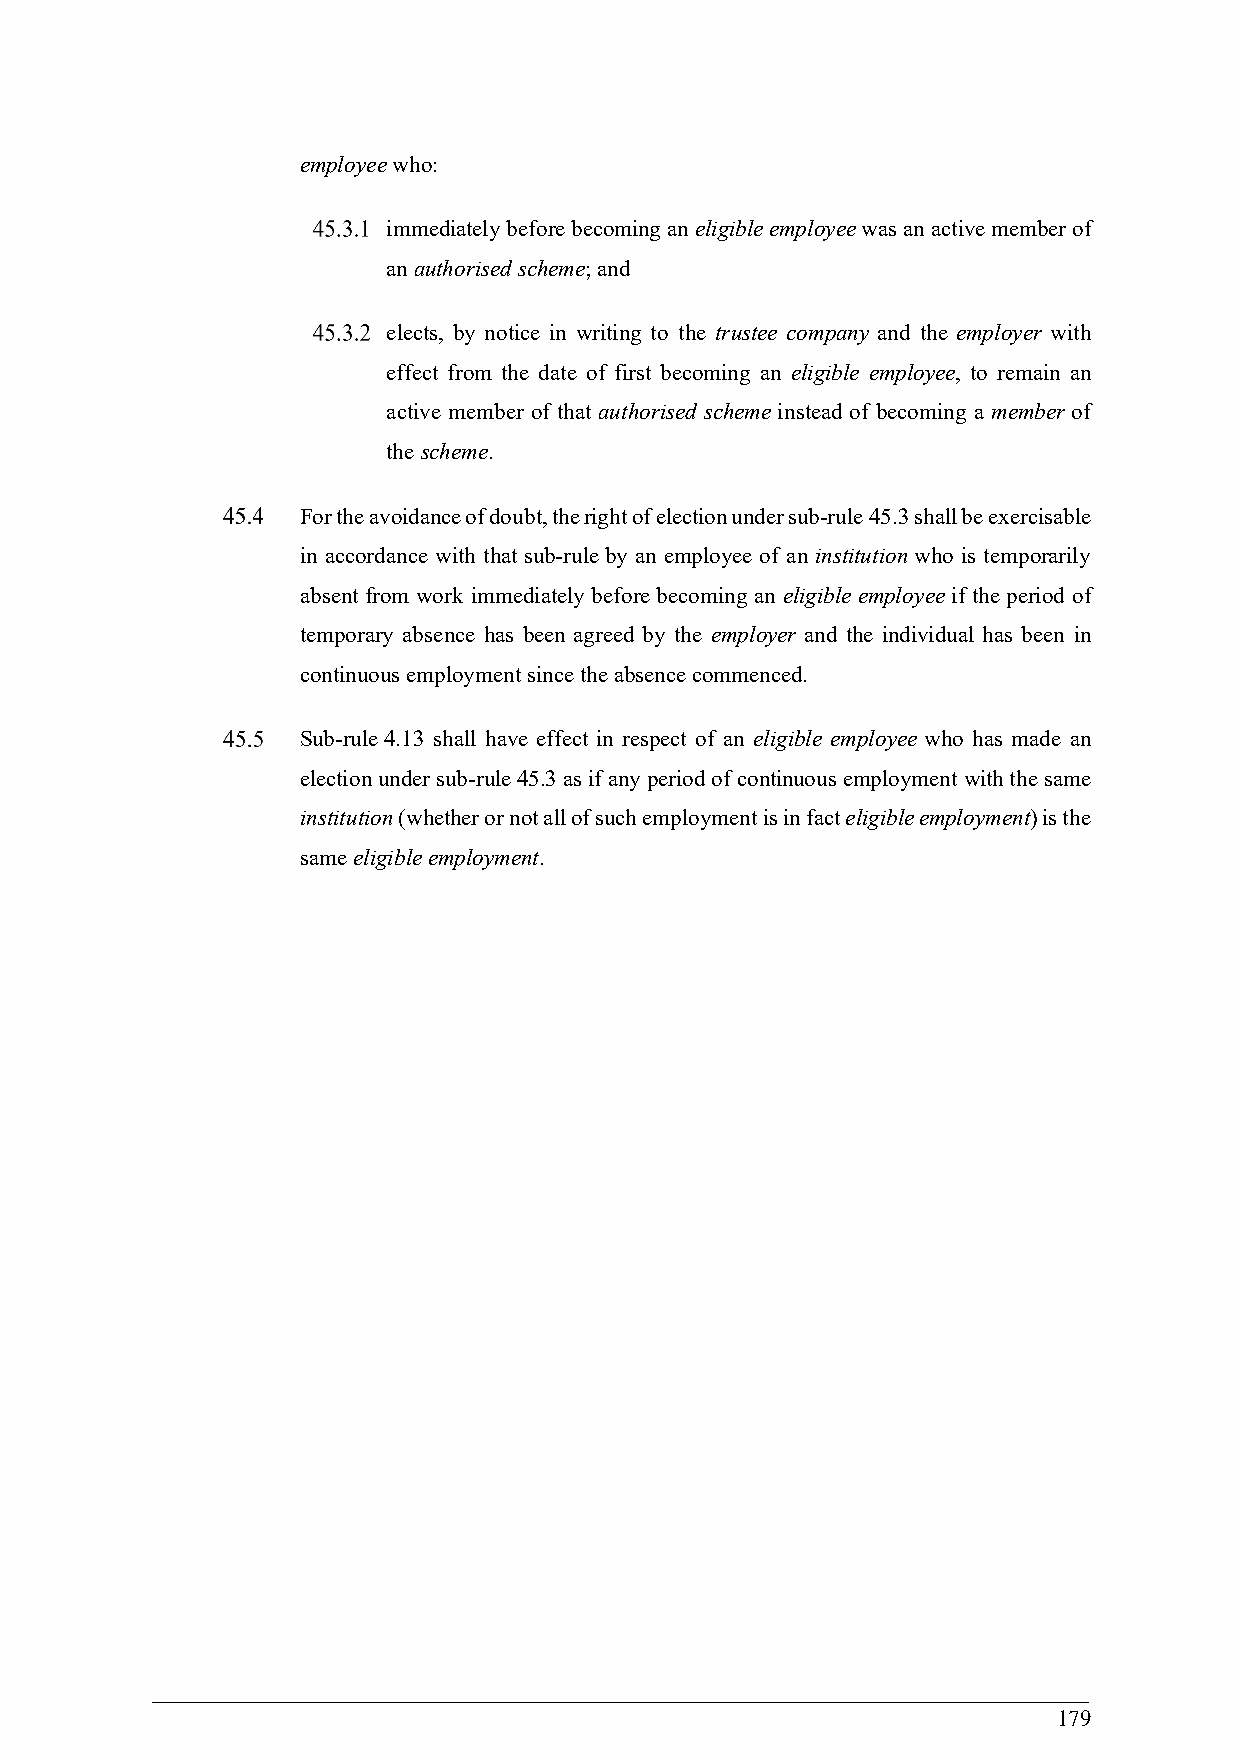
employee who:
 immediately before becoming an eligible employee was an active member of
 an authorised scheme; and
 elects, by notice in writing to the trustee company and the employer with
 effect from the date of first becoming an eligible employee, to remain an
 active member of that authorised scheme instead of becoming a member of
 the scheme.
 For the avoidance of doubt, the right of election under sub-rule 45.3 shall be exercisable
 in accordance with that sub-rule by an employee of an institution who is temporarily
 absent from work immediately before becoming an eligible employee if the period of
 temporary absence has been agreed by the employer and the individual has been in
 continuous employment since the absence commenced.
 Sub-rule 4.13 shall have effect in respect of an eligible employee who has made an
 election under sub-rule 45.3 as if any period of continuous employment with the same
 institution (whether or not all of such employment is in fact eligible employment) is the
 same eligible employment.
 179